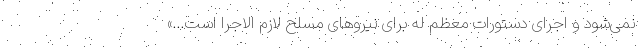
نمی‌شود و اجرای دستورات معظم له برای نیروهای مسلح لازم الاجرا است…»